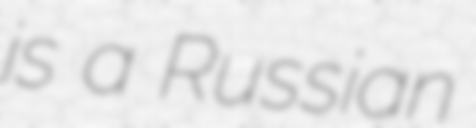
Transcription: is a Russian